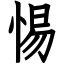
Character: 惕